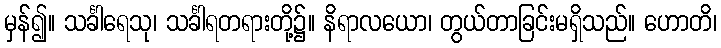
မှန်၍။ သင်္ခါရေသု၊ သင်္ခါရတရားတို့၌။ နိရာလယော၊ တွယ်တာခြင်းမရှိသည်။ ဟောတိ၊